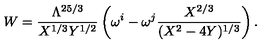
W = \frac { \Lambda ^ { 2 5 / 3 } } { X ^ { 1 / 3 } Y ^ { 1 / 2 } } \left( \omega ^ { i } - \omega ^ { j } \frac { X ^ { 2 / 3 } } { ( X ^ { 2 } - 4 Y ) ^ { 1 / 3 } } \right) .